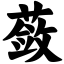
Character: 蔹